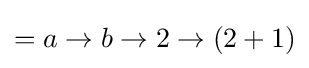
=a\to b\to 2\to (2+1)